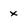
Character: x